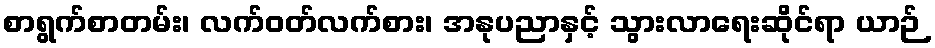
စာရွက်စာတမ်း၊ လက်ဝတ်လက်စား၊ အနုပညာနှင့် သွားလာရေးဆိုင်ရာ ယာဉ်